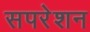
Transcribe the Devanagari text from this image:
सपरेशन